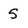
Character: 5